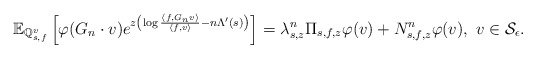
\begin{align*}\mathbb{E}_{\mathbb{Q}_{s,f}^{v}} \left[ \varphi(G_n \cdot v) e^{ z \left( \log \frac{\langle f, G_n v \rangle}{\langle f, v \rangle} - n\Lambda'(s) \right) } \right]= \lambda^{n}_{s, z} \Pi_{s,f,z} \varphi(v) + N^{n}_{s,f,z} \varphi(v), \ v \in \mathcal{S}_{\epsilon}.\end{align*}